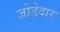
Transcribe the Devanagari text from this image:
जोड़ेदार